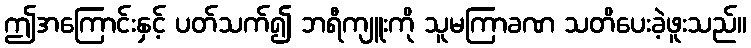
ဤအကြောင်းနှင့် ပတ်သက်၍ ဘရီကျူးကို သူမကြာခဏ သတိပေးခဲ့ဖူးသည်။